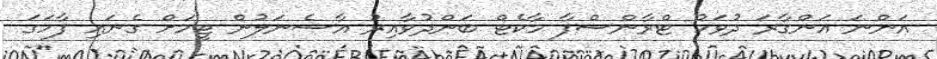
އަންނަ އަންގާރަ ދުވަހު ޓްރާންސްފާ މާކެޓް ބަންދުވާއިރު އާސެނަލުން ޓީމަށް ގެނައި ފާހަގަ